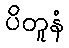
ပိတူနံ